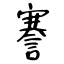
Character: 謇